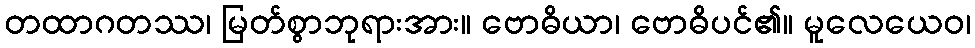
တထာဂတဿ၊ မြတ်စွာဘုရားအား။ ဗောဓိယာ၊ ဗောဓိပင်၏။ မူလေယေဝ၊